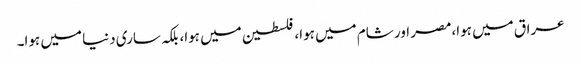
عراق میں ہوا،مصر اور شام میں ہوا، فلسطین میں ہوا، بلکہ ساری دنیا میں ہوا۔